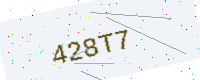
Text: 428T7